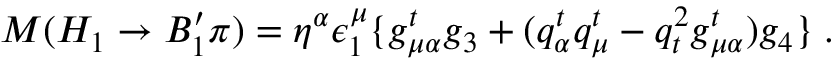
M ( H _ { 1 } \to B _ { 1 } ^ { \prime } \pi ) = \eta ^ { \alpha } \epsilon _ { 1 } ^ { \mu } \{ g _ { \mu \alpha } ^ { t } g _ { 3 } + ( q _ { \alpha } ^ { t } q _ { \mu } ^ { t } - q _ { t } ^ { 2 } g _ { \mu \alpha } ^ { t } ) g _ { 4 } \} \; .